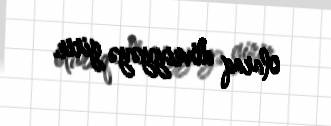
olaraq dövriyyəyə girir.